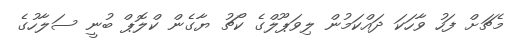
މެޗަށް ފަހު ވާހަކަ ދައްކަމުން ލިވަޕޫލްގެ ކޯޗު ޔާގެން ކްލޮޕް ބުނީ ސަލާހުގެ